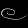
Digit: ၉